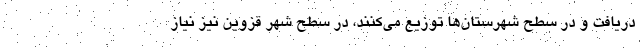
دریافت و در سطح شهرستان‌ها توزیع می‌کنند، در سطح شهر قزوین نیز نیاز